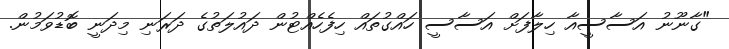
"ގާނޫނު އަސާސީއާ ހިލާފަށް އަސާސީ ހައްގުތައް ހިފެހެއްޓުން ދައުލަތުގެ ދަރަނި މިދަނީ ބޮޑުވަމުން.